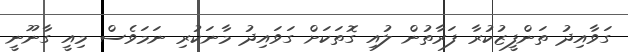
ގަވާއިދު ތަންފީޒުކުރާ ފަރާތުން ލުއި ގޮތަކަށް ގަވައިދު މާނަކުރި ނަމަވެސް މިއީ ގާނޫނީ